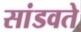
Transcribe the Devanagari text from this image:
सांडवते